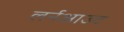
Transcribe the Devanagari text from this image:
लर्नआउट